Annual report on the lock hospitals of the Madras Presidency
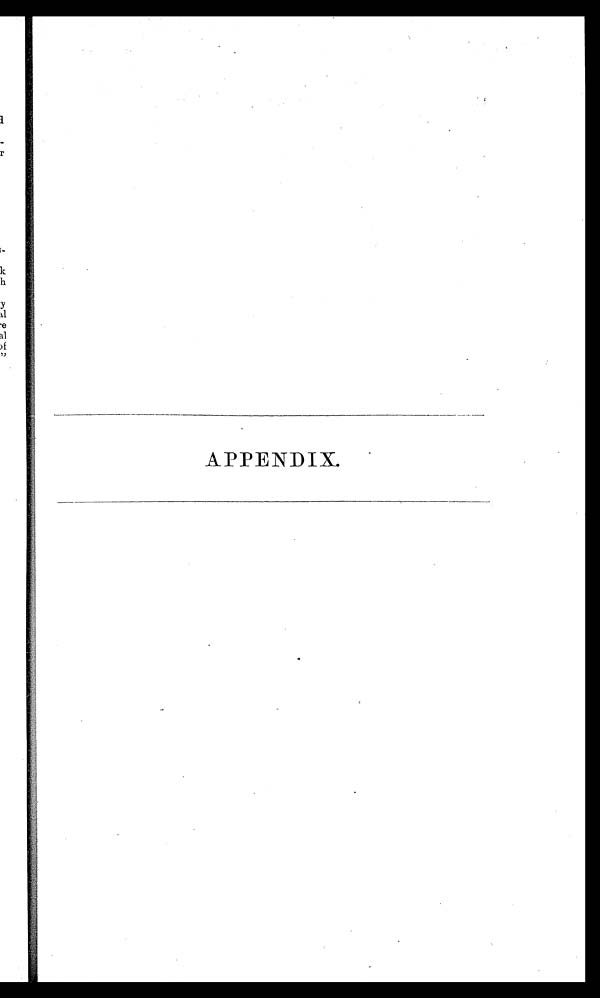
APPENDIX.